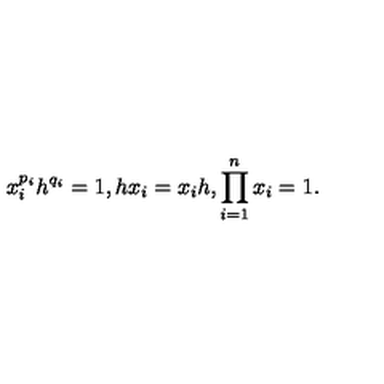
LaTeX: x _ { i } ^ { p _ { i } } h ^ { q _ { i } } = 1 , h x _ { i } = x _ { i } h , \prod _ { i = 1 } ^ { n } x _ { i } = 1 .